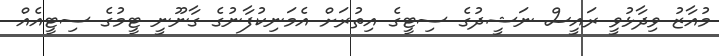
މުއާޒު ވިދާޅުވީ ރައީސް ނަޝީދުގެ ސިޓީގެ އިތުރަށް އެމަނިކުފާނުގެ ގާނޫނީ ޓީމުގެ ސިޓީއެއް